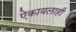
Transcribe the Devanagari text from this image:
ऐकायलाही